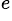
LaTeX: ^e